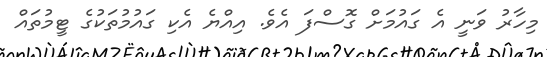
މިހާރު ވަނީ އެ ގައުމަށް ގޮސްފަ އެވެ. އިއްޔެ އެކި ގައުމުތަކުގެ ޓީމުތައް